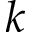
k